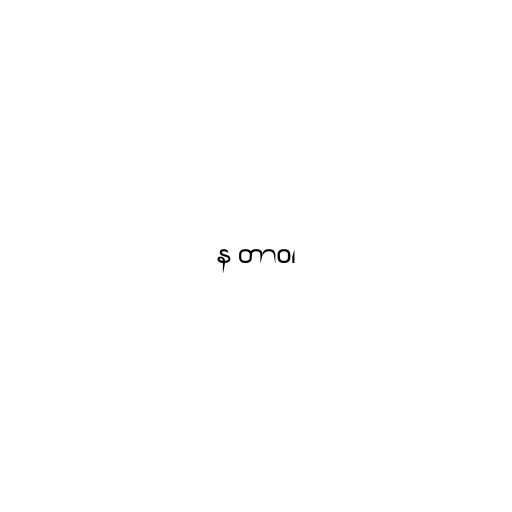
န တာဝ၊